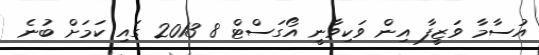
އުސާމާ ވަޒީފާ އިން ވަކިވާނީ އޯގަސްޓް 8 2013 ގައި ކަމަށް ބުނެ